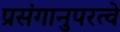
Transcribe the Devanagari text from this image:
प्रसंगानुपरत्वे